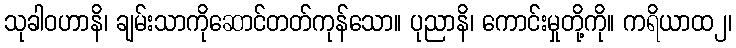
သုခါဝဟာနိ၊ ချမ်းသာကိုဆောင်တတ်ကုန်သော။ ပုညာနိ၊ ကောင်းမှုတို့ကို။ ကရိယာထ၂၊